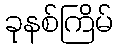
ခုနစ်ကြိမ်